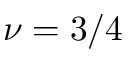
\nu = 3 / 4